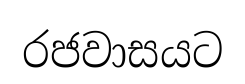
රජවාසයට